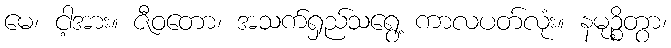
မေ၊ ငါ့အား။ ဇီဝတော၊ အသက်ရှည်သရွေ့ ကာလပတ်လုံး။ နမုဉ္စိတွာ၊